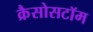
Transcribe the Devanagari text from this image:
क्रैसोसटॉम